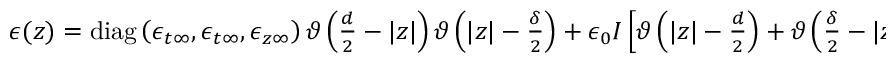
\begin{array} { r } { \boldsymbol { \epsilon } ( z ) = \mathrm { d i a g } \left( \epsilon _ { t \infty } , \epsilon _ { t \infty } , \epsilon _ { z \infty } \right) \vartheta \left( \frac { d } { 2 } - | z | \right) \vartheta \left( | z | - \frac { \delta } { 2 } \right) + \epsilon _ { 0 } I \left[ \vartheta \left( | z | - \frac { d } { 2 } \right) + \vartheta \left( \frac { \delta } { 2 } - | z | \right) \right] , } \end{array}